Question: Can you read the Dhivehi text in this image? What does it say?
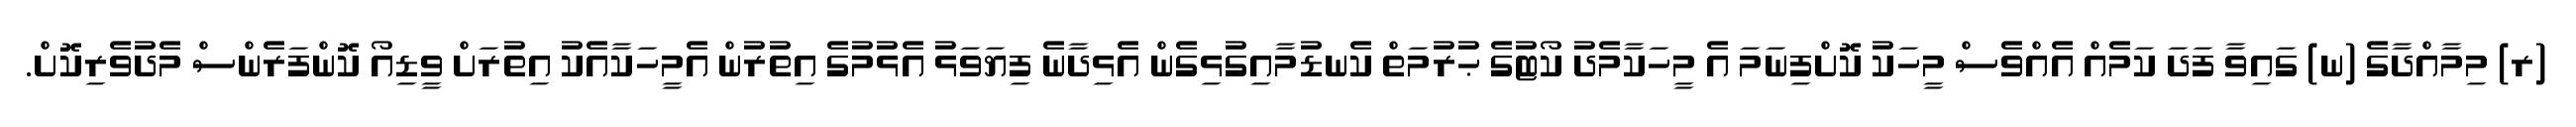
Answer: (ރ) މިމާއްދާގެ (ނ) ގައިވާ ފަދަ ކަމެއް އެއްވެސް މީހަކު ކޮށްފިނަމަ އެ މީހަކާމެދު ކޯޓުގެ ޙުރުމަތް ކެނޑުމާއިގުޅިގެން އެޅިދާނެ ފިޔަވަޅު އެޅުމުގެ އިތުރުން އެމީހަކާއެކު އިތުރަށް ވީޑިއޯ ކޮންފަރެންސް މެދުވެރިކޮށް.